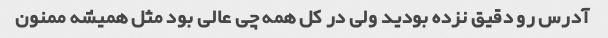
آدرس رو دقیق نزده بودید ولی در کل همه چی عالی بود مثل همیشه ممنون